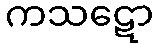
ကသဋော